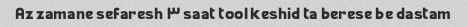
Az zamane sefaresh ۳ saat tool keshid ta berese be dastam